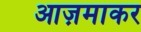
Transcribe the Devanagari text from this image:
आज़माकर